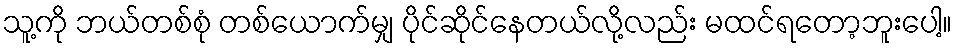
သူ့ကို ဘယ်တစ်စုံ တစ်ယောက်မျှ ပိုင်ဆိုင်နေတယ်လို့လည်း မထင်ရတော့ဘူးပေါ့။